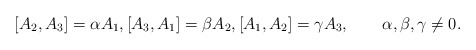
\begin{align*} [A_2,A_3] = \alpha A_1, [A_3,A_1] = \beta A_2, [A_1, A_2] = \gamma A_3, \qquad\alpha,\beta,\gamma \neq 0.\end{align*}